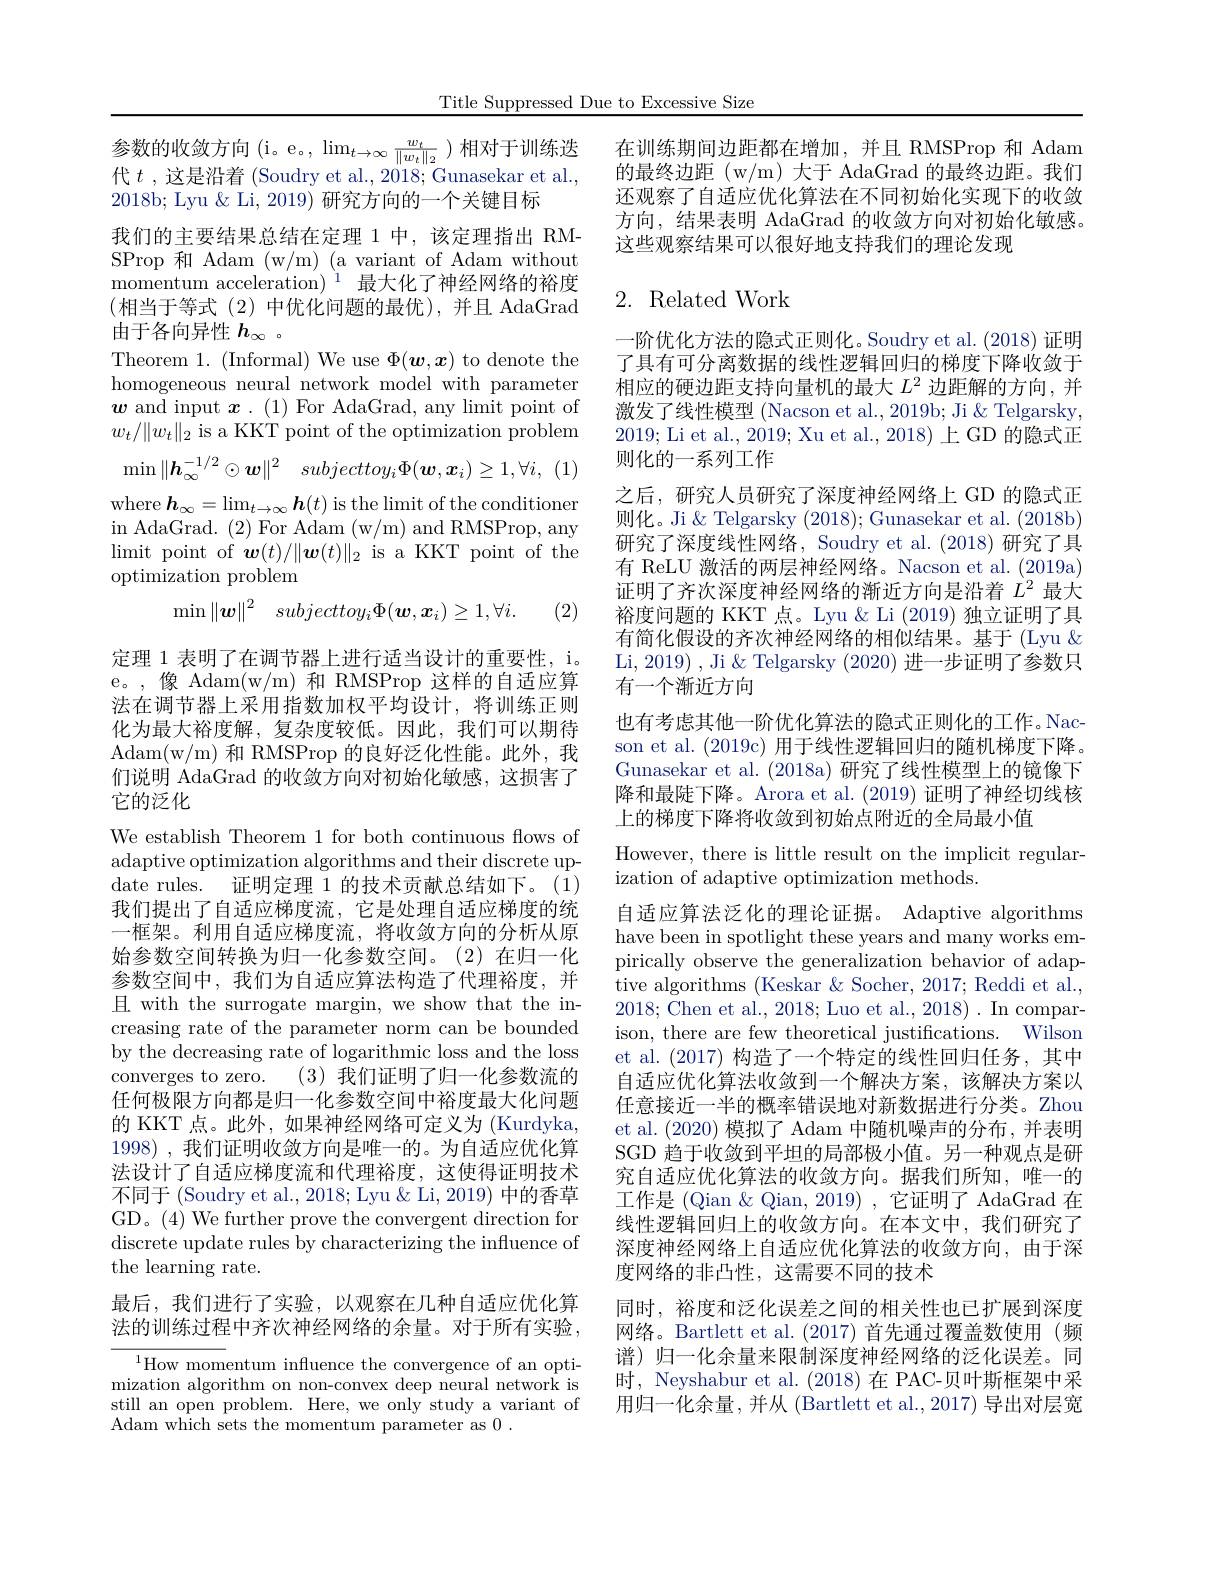
Title Suppressed Due to Excessive Size

参数的收敛方向( $i$。e。$,\lim_t\to\infty\frac{w_t}{\|w_t\|_2})$相对于训练迭代$t$ ,这是沿着 (Soudry et al., 2018; Gunasekar et al., 2018b; Lyu & Li, 2019) 研究方向的一个关键目标
我们的主要结果总结在定理 1 中，该定理指出 RMSProp 和 Adam (w/m) (a variant of Adam without momentum acceleration) $^{1}$最大化了神经网络的裕度(相当于等式(2)中优化问题的最优),并且 AdaGrad 由于各向异性$h_\infty$ 。
Theorem 1. (Informal) We use $\Phi(\boldsymbol w,\boldsymbol x)$ to denote the homogeneous neural network model with parameter $\boldsymbol{w}$ and input $\boldsymbol x.(1)$ For AdaGrad, any limit point of $w_t/\|w_t\|_2$ is a KKT point of the optimization problem
$$\operatorname*{min}\|\boldsymbol{h}_{\infty}^{-1/2}\odot\boldsymbol{w}\|^{2}\quad subjecttoy_{i}\Phi(\boldsymbol{w},\boldsymbol{x}_{i})\geq1,\forall i,$$
where $\boldsymbol{h}_\infty=\lim_{t\to\infty}\boldsymbol{h}(t)$ is the limit of the conditioner in AdaGrad. (2) For Adam (w/m) and RMSProp, any limit point of $\boldsymbol w(t)/\|\boldsymbol{w}(t)\|_2$ is a KKT point of the optimization problem
$$\min\|\boldsymbol{w}\|^2\quad subjecttoy_i\Phi(\boldsymbol{w},\boldsymbol{x}_i)\geq1,\forall i.$$
(2)

定理 1 表明了在调节器上进行适当设计的重要性，i。e。,像 Adam(w/m)和 RMSProp 这样的自适应算法在调节器上采用指数加权平均设计，将训练正则化为最大裕度解，复杂度较低。因此，我们可以期待Adam( w/ m) 和 RMSProp 的良好泛化性能。此外，我们说明 AdaGrad 的收敛方向对初始化敏感，这损害了它的泛化

We establish Theorem 1 for both continuous flows of adaptive optimization algorithms and their discrete update rules. 证明定理 1 的技术贡献总结如下。(1) 我们提出了自适应梯度流，它是处理自适应梯度的统一框架。利用自适应梯度流，将收敛方向的分析从原始参数空间转换为归一化参数空间。(2)在归一化参数空间中，我们为自适应算法构造了代理裕度，并且 with the surrogate margin, we show that the increasing rate of the parameter norm can be bounded by the decreasing rate of logarithmic loss and the loss converges to zero. (3)我们证明了归一化参数流的任何极限方向都是归一化参数空间中裕度最大化问题的 KKT 点。此外，如果神经网络可定义为 (Kurdyka, 1998) , $我 们 证 明 收 敛 方 向 是 唯 一 的 。为 自 适 应 优 化 算$ 法设计了自适应梯度流和代理裕度，这使得证明技术不同于 (Soudry et al., 2018; Lyu & Li, 2019) 中的香草GD。(4) We further prove the convergent direction for discrete update rules by characterizing the influence of the learning rate.
最后，我们进行了实验，以观察在几种自适应优化算法的训练过程中齐次神经网络的余量。对于所有实验，
$^{1}$How momentum influence the convergence of an optimization algorithm on non-convex deep neural network is

still an open problem. Here, we only study a variant of
Adam which sets the momentum parameter as 0.

在训练期间边距都在增加，并且 RMSProp 和 Adam 的最终边距(w/m)大于 AdaGrad 的最终边距。我们还观察了自适应优化算法在不同初始化实现下的收敛方向，结果表明 AdaGrad 的收敛方向对初始化敏感。这些观察结果可以很好地支持我们的理论发现

## 2. Related Work

一阶优化方法的隐式正则化。Soudry et al. (2018) 证明了具有可分离数据的线性逻辑回归的梯度下降收敛于相应的硬边距支持向量机的最大$L^2$边距解的方向，并激发了线性模型 (Nacson et al., 2019b; Ji & Telgarsky, 2019; Li et al., 2019; Xu et al., 2018) 上 GD 的隐式正则化的一系列工作
之后，研究人员研究了深度神经网络上 GD 的隐式正则化。Ji & Telgarsky (2018); Gunasekar et al. (2018b) 研究了深度线性网络，Soudry et al.(2018) 研究了具有 ReLU 激活的两层神经网络。Nacson et al. (2019a) 证明了齐次深度神经网络的渐近方向是沿着$L^2$最大裕度问题的 KKT 点。Lyu & Li (2019) 独立证明了具有简化假设的齐次神经网络的相似结果。基于(Lyu & Li, 2019) , Ji & Telgarsky (2020) 进一步证明了参数只有一个渐近方向

也有考虑其他一阶优化算法的隐式正则化的工作。Nacson et al. (2019c) 用于线性逻辑回归的随机梯度下降。Gunasekar et al. (2018a) 研究了线性模型上的镜像下降和最陡下降。Arora et al. (2019) 证明了神经切线核上的梯度下降将收敛到初始点附近的全局最小值

However, there is little result on the implicit regular-
ization of adaptive optimization methods.
自适应算法泛化的理论证据。Adaptive algorithms have been in spotlight these years and many works empirically observe the generalization behavior of adaptive algorithms (Keskar & Socher, 2017; Reddi et al., 2018; Chen et al., 2018; Luo et al., 2018). In comparison, there are few theoretical justifications. Wilson et al. (2017)构造了一个特定的线性回归任务，其中自适应优化算法收敛到一个解决方案，该解决方案以任意接近一半的概率错误地对新数据进行分类。Zhou et al.(2020)模拟了 Adam 中随机噪声的分布，并表明SGD 趋于收敛到平坦的局部极小值。另一种观点是研究自适应优化算法的收敛方向。据我们所知，唯一的工作是(Qian $\&$ Qian, 2019) , 它证明了 AdaGrad 在线性逻辑回归上的收敛方向。在本文中，我们研究了深度神经网络上自适应优化算法的收敛方向，由于深度网络的非凸性，这需要不同的技术
同时，裕度和泛化误差之间的相关性也已扩展到深度网络。Bartlett et al.(2017)首先通过覆盖数使用(频谱)归一化余量来限制深度神经网络的泛化误差。同时，Neyshabur et al. (2018) 在 PAC-贝叶斯框架中采

用归一化余量，并从 (Bartlett et al., 2017) 导出对层宽